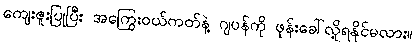
ကျေးဇူးပြုပြီး အကြွေးဝယ်ကတ်နဲ့ ဂျပန်ကို ဖုန်းခေါ်လို့ရနိုင်မလား။